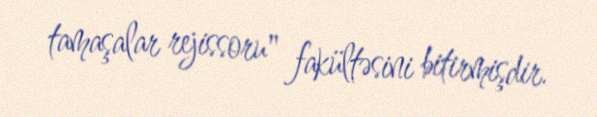
tamaşalar rejissoru" fakültəsini bitirmişdir.